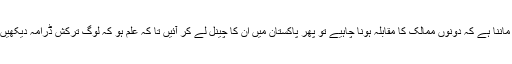
ثمینہ احمد کا کہنا تھا کہ بہت سے لوگوں کا ماننا ہے کہ دونوں ممالک کا مقابلہ ہونا چاہیے تو پھر پاکستان میں ان کا چینل لے کر آئیں تا کہ علم ہو کہ لوگ ترکش ڈرامہ دیکھیں گے یا ہماری چیزیں دیکھنا پسند کریں گے۔